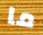
ما